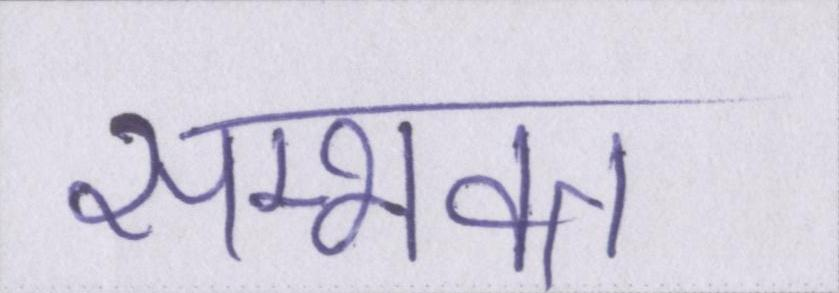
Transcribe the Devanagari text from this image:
सम्भवत